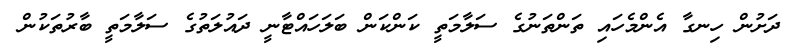
ދަށުން ހިނގާ އެންމެހައި ތަންތަނުގެ ސަލާމަތީ ކަންކަން ބަލަހައްޓާނީ ދައުލަތުގެ ސަލާމަތީ ބާރުތަކުން